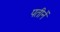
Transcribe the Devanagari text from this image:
पतीनें